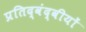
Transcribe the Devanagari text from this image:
प्रतिद्वंद्वीयों